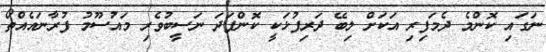
ނަގައި ކޮންމެ ދެމަފިރި އަކަށް ލިބޭ ދަރިފުޅަކީ ކޮންފަދަ ނަސީބުވެރި މައުސޫމު ފުރާނައެއްތޯ